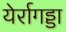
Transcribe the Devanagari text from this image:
येर्रागड्डा